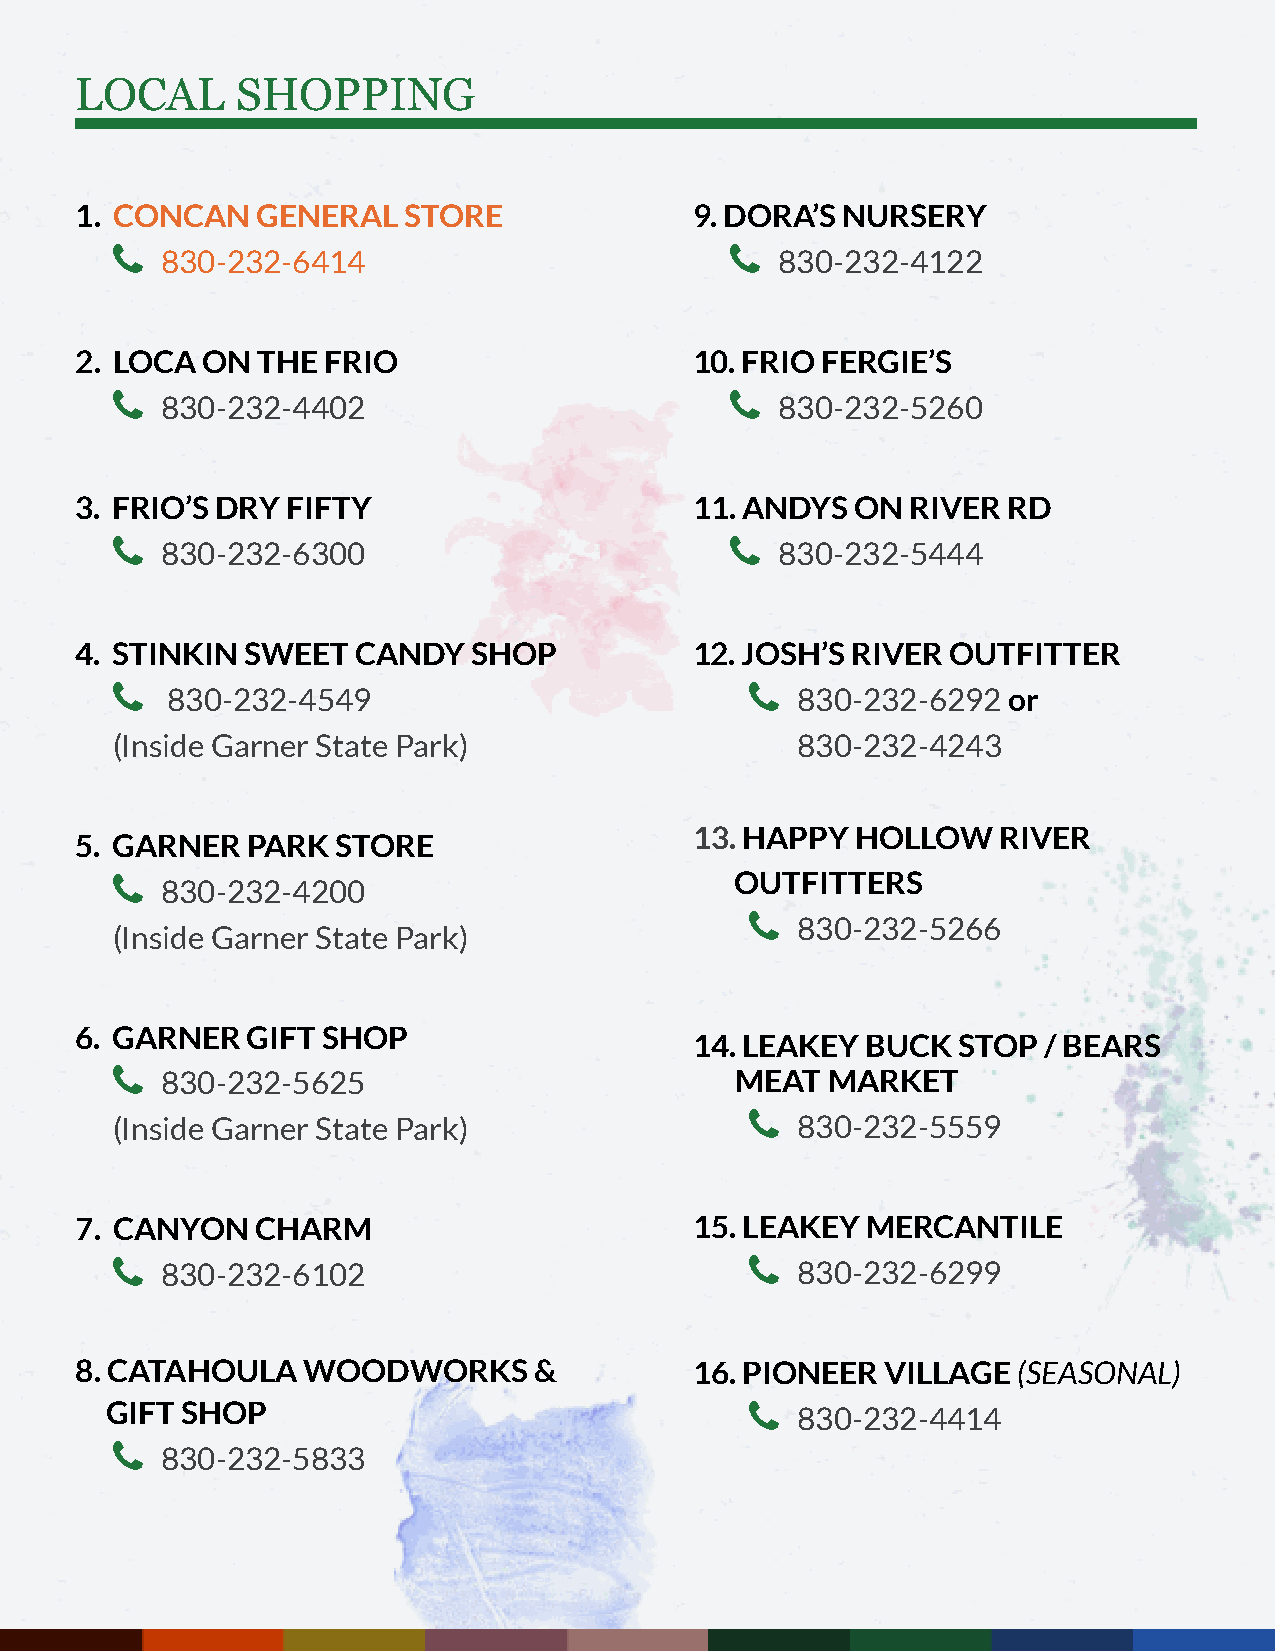
LOCAL      SHOPPING
 1. CONCAN   GENERAL   STORE              9. DORA’S NURSERY
                                         
 830-232-6414                             830-232-4122
 2. LOCA ON  THE FRIO                     10. FRIO FERGIE’S
                                         
 830-232-4402                             830-232-5260
 3. FRIO’S DRY FIFTY                      11. ANDYS  ON RIVER  RD
                                         
 830-232-6300                             830-232-5444
 4. STINKIN SWEET  CANDY   SHOP           12. JOSH’S RIVER OUTFITTER
                                           
 830-232-4549                              830-232-6292  or
 (Inside Garner State Park)                    830-232-4243
 13. HAPPY  HOLLOW   RIVER
 5. GARNER  PARK  STORE
                                          OUTFITTERS
 830-232-4200
 
 830-232-5266
 (Inside Garner State Park)
 6. GARNER  GIFT SHOP
 14. LEAKEY BUCK  STOP  / BEARS
    830-232-5625                          MEAT  MARKET
 
 (Inside Garner State Park)                    830-232-5559
 7. CANYON   CHARM                        15. LEAKEY MERCANTILE
    830-232-6102                             830-232-6299
 8. CATAHOULA   WOODWORKS      &          16. PIONEER  VILLAGE (SEASONAL)
 GIFT SHOP                                  
 830-232-4414
 
 830-232-5833